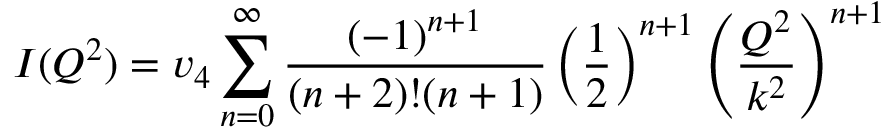
I ( Q ^ { 2 } ) = v _ { 4 } \sum _ { n = 0 } ^ { \infty } \frac { ( - 1 ) ^ { n + 1 } } { ( n + 2 ) ! ( n + 1 ) } \left( \frac { 1 } { 2 } \right) ^ { n + 1 } \left( \frac { Q ^ { 2 } } { k ^ { 2 } } \right) ^ { n + 1 }